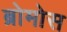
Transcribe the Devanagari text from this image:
ब्रोमोस